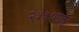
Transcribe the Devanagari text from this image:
२५५०पासून